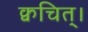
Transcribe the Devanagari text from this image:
क्वचित्‌।